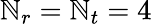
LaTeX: \mathbb{N}_{r}=\mathbb{N}_{t}=4